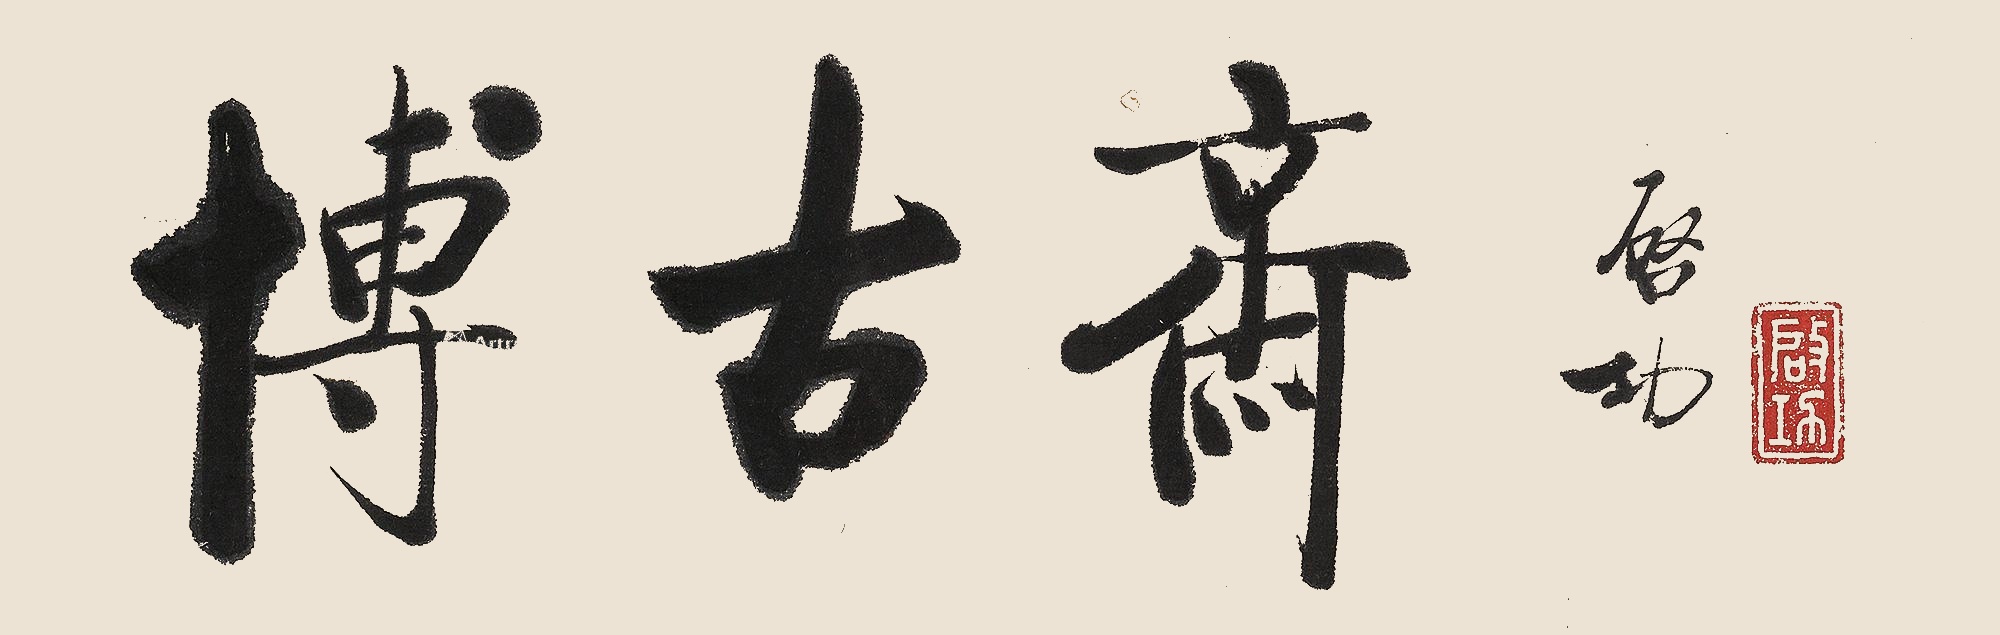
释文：博古斋。启功。